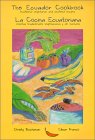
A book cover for The Ecuador Cookbook: traditional vegetarian and seafood recipes (English and Spanish Edition); Christina Buchanan; Cookbooks, Food & Wine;